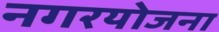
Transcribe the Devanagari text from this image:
नगरयोजना